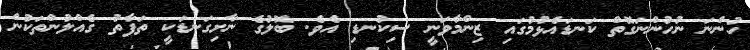
ހުންނަ ނުހުންނަގޮތް ކަނޑައެޅުމުގައި ޒިންމާވަނީ ސިކުނޑި އެވެ. ބޮލުގެ ނާށިގަނޑަކީ ތަފާތު ގެއްލުންތަކުން